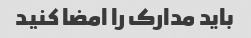
باید مدارک را امضا کنید